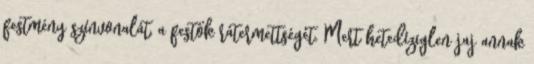
festmény színvonalát, a festők rátermettségét. Mert hetedíziglen jaj annak